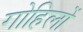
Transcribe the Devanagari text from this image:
गोहिलों